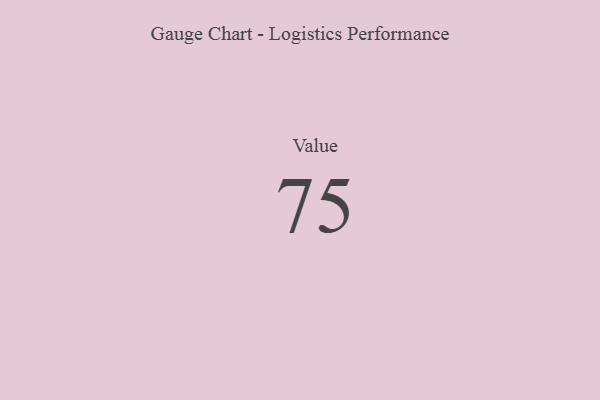
{"axis": {"x": "Metric", "y": "Value"}, "legend": [""], "data": [{"x": "Value", "y": 75, "type": ""}]}